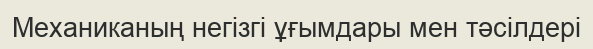
Механиканың негізгі ұғымдары мен тәсілдері